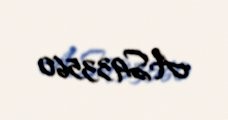
AS933560